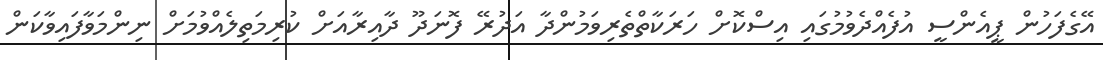
އޭގެފަހުން ޕީއެންސީ އުފެއްދެވުމުގައި އިސްކޮށް ހަރަކާތްތެރިވަމުންދާ އަދުރޭ ފޮނަދޫ ދާއިރާއަށް ކުރިމަތިލެއްވުމަށް ނިންމަވާފައިވާކަން